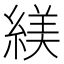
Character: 𬗮